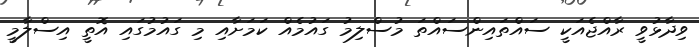
ވިދާޅުވީ ރާއްޖެއަކީ ސައްތައިންސައްތަ މުސްލިމު ގައުމެއް ކަމަށާއި މި ގައުމުގައި އޮތީ އިސްލާމީ